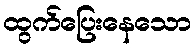
ထွက်ပြေးနေသော